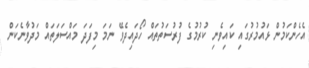
އެހެންކަމުން ޅައުމުރުގައި ކައިވެނި ކުރުމުގެ ފުރުސަތުތައް ހޯދައިދެވޭ ނަމަ މިފަދަ މައްސަލަތައް މަދުވާނެކަން